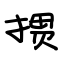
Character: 掼